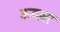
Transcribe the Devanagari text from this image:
ऊदबा